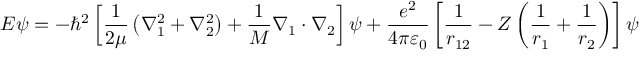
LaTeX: E \psi = - \hbar ^ { 2 } \left[ { \frac { 1 } { 2 \mu } } \left( \nabla _ { 1 } ^ { 2 } + \nabla _ { 2 } ^ { 2 } \right) + { \frac { 1 } { M } } \nabla _ { 1 } \cdot \nabla _ { 2 } \right] \psi + { \frac { e ^ { 2 } } { 4 \pi \varepsilon _ { 0 } } } \left[ { \frac { 1 } { r _ { 1 2 } } } - Z \left( { \frac { 1 } { r _ { 1 } } } + { \frac { 1 } { r _ { 2 } } } \right) \right] \psi